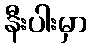
နီးပါးမှာ